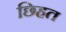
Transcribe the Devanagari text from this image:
छ्हित